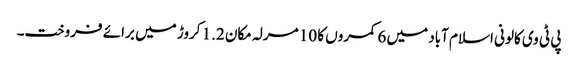
پی ٹی وی کالونی اسلام آباد میں 6 کمروں کا 10 مرلہ مکان 1.2 کروڑ میں برائے فروخت۔